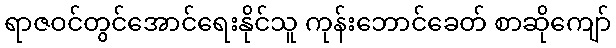
ရာဇဝင်တွင်အောင်ရေးနိုင်သူ ကုန်းဘောင်ခေတ် စာဆိုကျော်